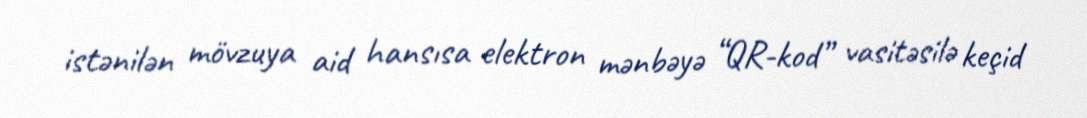
istənilən mövzuya aid hansısa elektron mənbəyə “QR-kod” vasitəsilə keçid